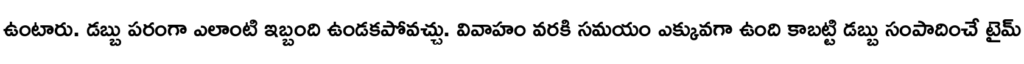
ఉంటారు. డబ్బు పరంగా ఎలాంటి ఇబ్బంది ఉండకపోవచ్చు. వివాహం వరకి సమయం ఎక్కువగా ఉంది కాబట్టి డబ్బు సంపాదించే టైమ్